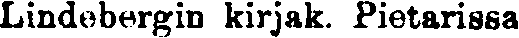
Lindebergin kirjak. Pietarissa.